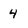
Character: 4